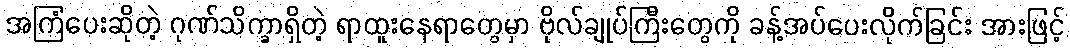
အကြံပေးဆိုတဲ့ ဂုဏ်သိက္ခာရှိတဲ့ ရာထူးနေရာတွေမှာ ဗိုလ်ချုပ်ကြီးတွေကို ခန့်အပ်ပေးလိုက်ခြင်း အားဖြင့်